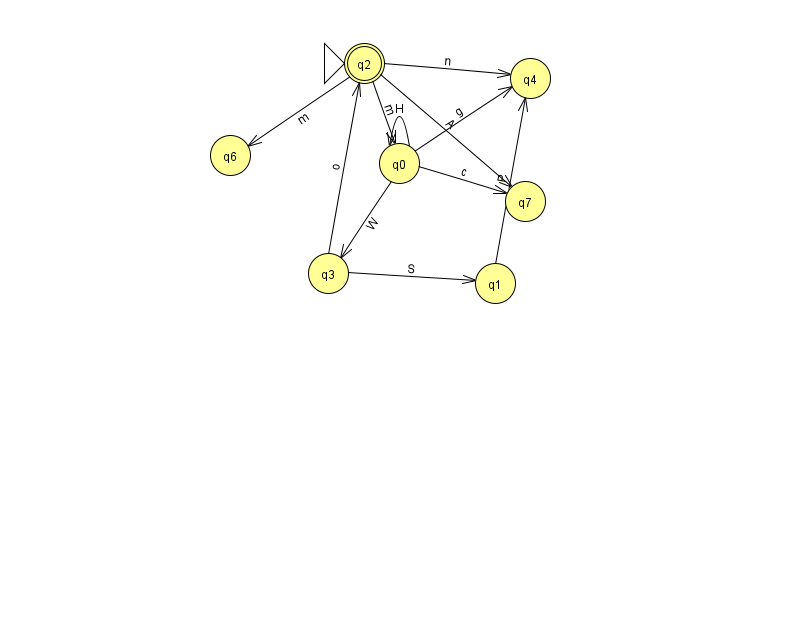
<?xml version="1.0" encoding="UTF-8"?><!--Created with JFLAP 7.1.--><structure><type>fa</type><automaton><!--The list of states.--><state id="0" name="q0"><x>399.0</x><y>150.0</y></state><state id="1" name="q1"><x>495.0</x><y>270.0</y></state><state id="2" name="q2"><x>364.0</x><y>50.0</y><initial/><final/></state><state id="3" name="q3"><x>328.0</x><y>260.0</y></state><state id="4" name="q4"><x>530.0</x><y>65.0</y></state><state id="6" name="q6"><x>230.0</x><y>142.0</y></state><state id="7" name="q7"><x>525.0</x><y>188.0</y></state><!--The list of transitions.--><transition><from>0</from><to>4</to><read>g</read></transition><transition><from>2</from><to>6</to><read>m</read></transition><transition><from>2</from><to>7</to><read>A</read></transition><transition><from>3</from><to>1</to><read>S</read></transition><transition><from>2</from><to>4</to><read>n</read></transition><transition><from>2</from><to>0</to><read>m</read></transition><transition><from>0</from><to>0</to><read>H</read></transition><transition><from>0</from><to>7</to><read>c</read></transition><transition><from>1</from><to>4</to><read>P</read></transition><transition><from>3</from><to>2</to><read>o</read></transition><transition><from>0</from><to>3</to><read>W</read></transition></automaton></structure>